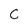
Character: C